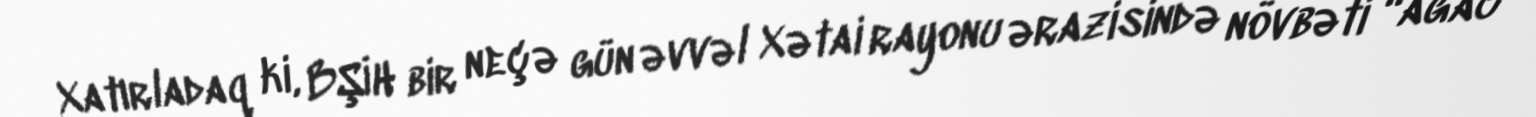
Xatırladaq ki, BŞİH bir neçə gün əvvəl Xətai rayonu ərazisində növbəti “ağac